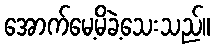
အောက်မေ့မိခဲ့သေးသည်။